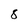
Character: 5